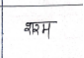
मजकूर: शरम